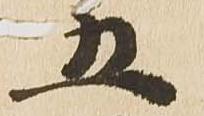
五